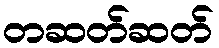
တဆတ်ဆတ်